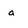
Character: a